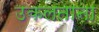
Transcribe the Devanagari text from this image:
उकलताना